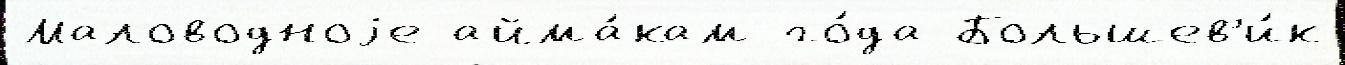
Маловодноjе айма́кам го́да Большев'и́к